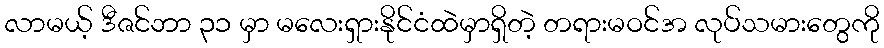
လာမယ့် ဒီဇင်ဘာ ၃၁ မှာ မလေးရှားနိုင်ငံထဲမှာရှိတဲ့ တရားမဝင်အ လုပ်သမားတွေကို